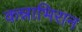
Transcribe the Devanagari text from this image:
कन्नाभिरान